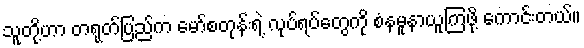
သူတို့ဟာ တရုတ်ပြည်က မော်စတုန်းရဲ့ လုပ်ရပ်တွေကို စံနမူနာယူကြဖို့ ကောင်းတယ်။